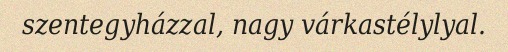
szentegyházzal, nagy várkastélylyal.